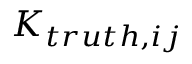
K _ { t r u t h , i j }